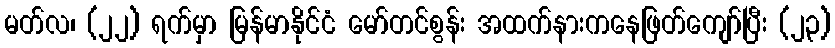
မတ်လ၊ (၂၂) ရက်မှာ မြန်မာနိုင်ငံ မော်တင်စွန်း အထက်နားကနေဖြတ်ကျော်ပြီး (၂၃)